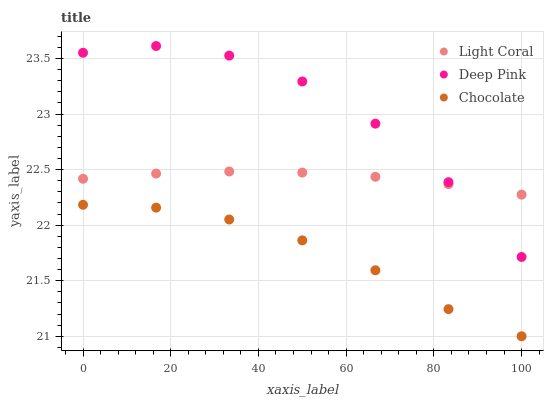
| xaxis_label | Light Coral | Deep Pink | Chocolate |
 | --- | --- | --- | --- |
 | 0 | 22.4 | 23.6 | 22.2 |
 | 16.7 | 22.5 | 23.6 | 22.2 |
 | 33.3 | 22.5 | 23.5 | 22.1 |
 | 50 | 22.5 | 23.3 | 21.9 |
 | 66.7 | 22.4 | 22.9 | 21.6 |
 | 83.3 | 22.4 | 22.4 | 21.2 |
 | 100 | 22.3 | 21.7 | 21 |